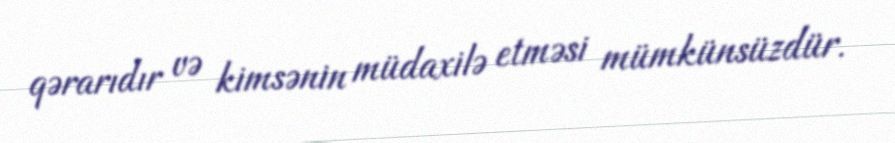
qərarıdır və kimsənin müdaxilə etməsi mümkünsüzdür.